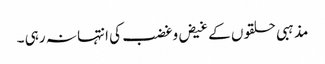
مذہبی حلقوں کے غیض وغضب کی انتہا نہ رہی ۔